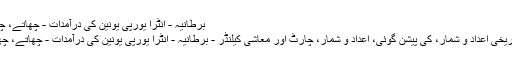
برطانیہ - انٹرا یورپی یونین کی درآمدات - چھاتے، چھڑیں، چابک &
موجودہ اقدار، تاریخی اعداد و شمار، کی پیشن گوئی، اعداد و شمار، چارٹ اور معاشی کیلنڈر - برطانیہ - انٹرا یورپی یونین کی درآمدات - چھاتے، چھڑیں، چابک &.